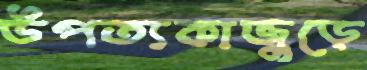
উপত্যকাজুড়ে